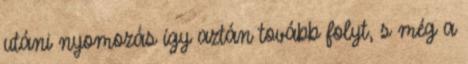
utáni nyomozás így aztán tovább folyt, s még a